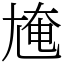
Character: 㞄